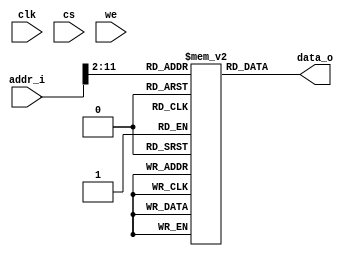
module ROM
#(
	parameter addr_width 	= 32,
	parameter data_width	= 32,
	parameter mem_size 		= 1024
)
(
	input							clk,
	input		[addr_width-1:0]	addr_i,
	input							cs,		
	input							we,
	output		[data_width-1:0]	data_o
);

	integer i;

	reg	[data_width-1:0]	memory	[0:mem_size-1];
	
	assign data_o = memory[addr_i >> 2];

endmodule